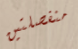
منفصلتين